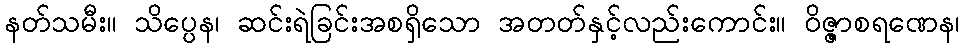
နတ်သမီး။ သိပ္ပေန၊ ဆင်းရဲခြင်းအစရှိသော အတတ်နှင့်လည်းကောင်း။ ဝိဇ္ဇာစရဏေန၊